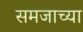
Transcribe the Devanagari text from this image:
समजाच्या